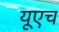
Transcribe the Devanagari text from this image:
यूएच